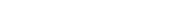
٣٠